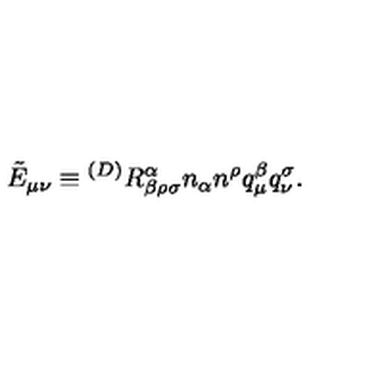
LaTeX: \tilde { E } _ { \mu \nu } \equiv { } ^ { ( D ) } R _ { \beta \rho \sigma } ^ { \alpha } n _ { \alpha } n ^ { \rho } q _ { \mu } ^ { \beta } q _ { \nu } ^ { \sigma } .